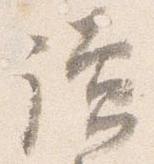
読